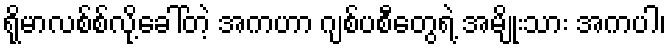
ရိုမာလစ်စ်လို့ခေါ်တဲ့ အကဟာ ဂျစ်ပစီတွေရဲ့ အမျိုးသား အကပါ၊